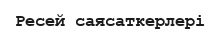
Ресей саясаткерлері